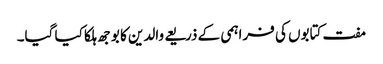
مفت کتابوں کی فراہمی کے ذریعے والدین کا بوجھ ہلکا کیا گیا۔